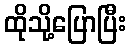
ထိုသို့ပြောပြီး